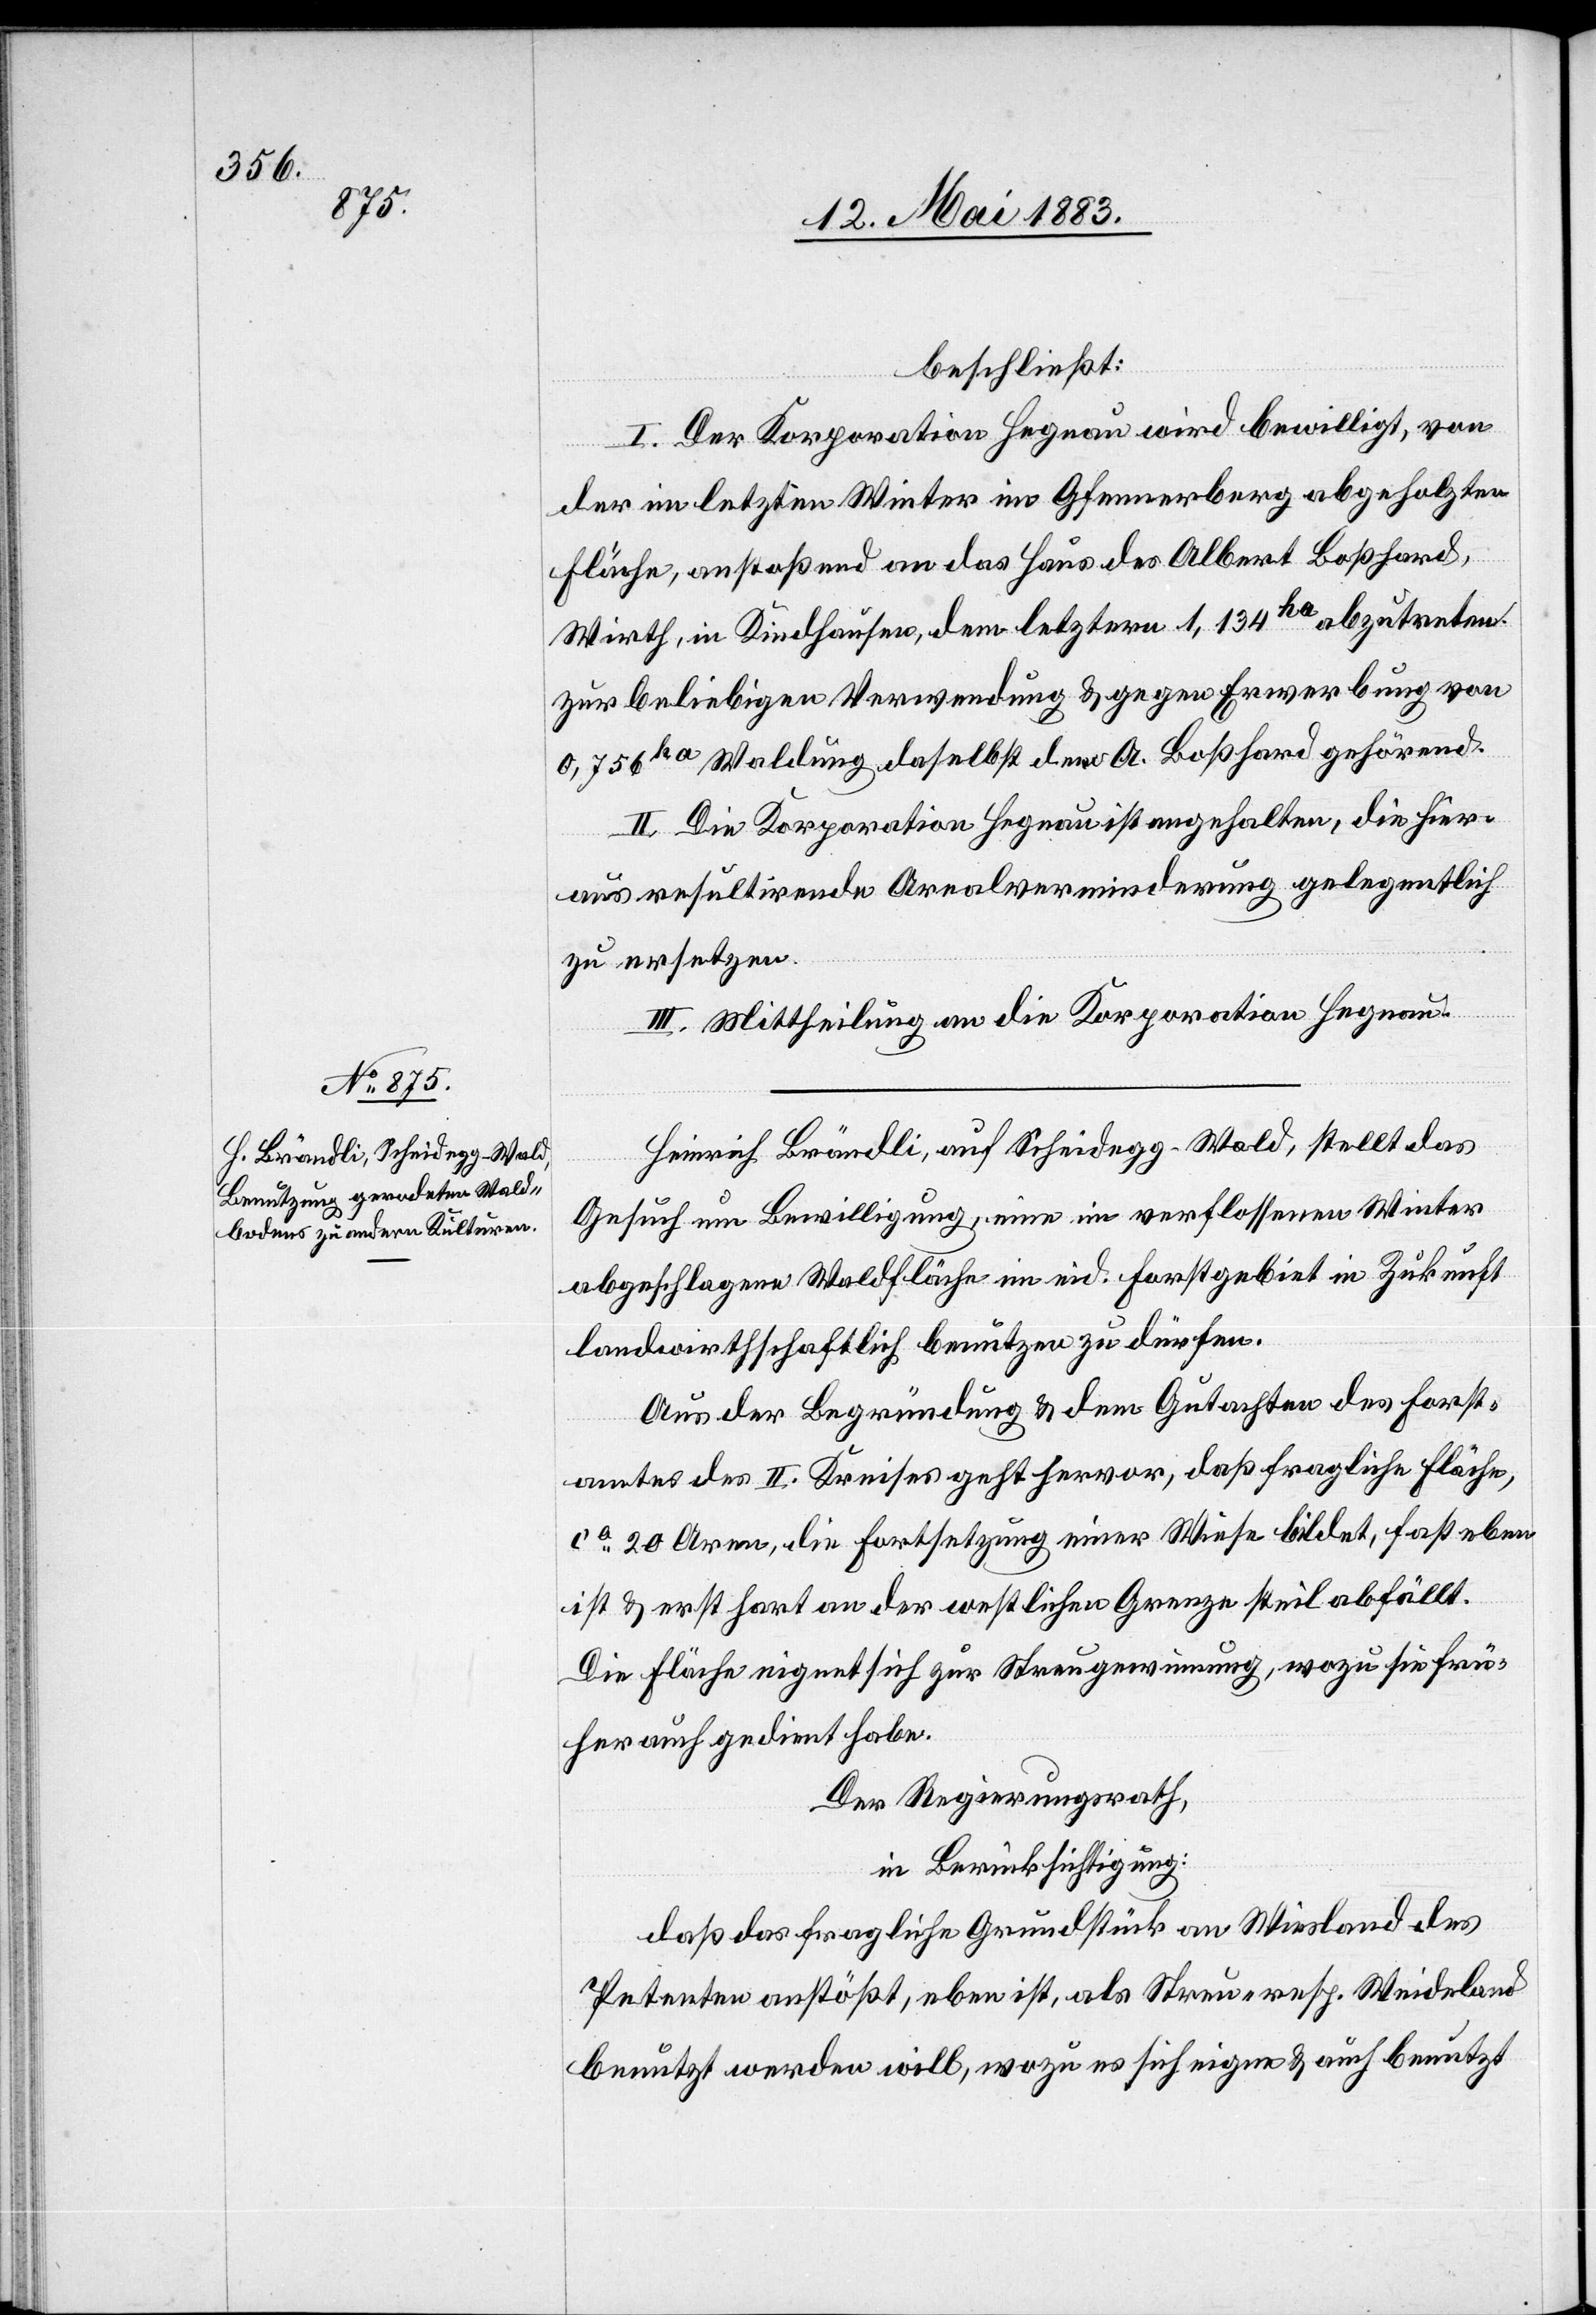
beschließt:
I. Der Korporation Hegnau wird bewilligt, von
der in letztem Winter im Gfeenerberg abgeholzten
Fläche, anstoßend an das Haus des Albert Boßhard,
Wirth, in Kindhausen, dem letztern 1,134ha abzutreten.
Zur beliebigen Verwendung & gegen Erwerbung von
0,756ha Waldung, daselbst, dem A. Boßhard gehörend.
II. Die Korporation Hegnau ist angehalten, die hier¬
aus resultirende Arealverminderung gelegentlich
zu ersetzen.
III. Mittheilung an die Korporation Hegnau.
Heinrich Brändli, auf Scheidegg - Wald, stellt das
Gesuch um Bewilligung, eine im verflossenen Winter
abgeschlagene Waldfläche im eid. Forstgebiet in Zukunft
landwirthschaftlich benutzen zu dürfen.
Aus der Begründung & dem Gutachten des Forst¬
amtes des II. Kreises geht hervor, daß fragliche Fläche,
ca 20 Aren, die Fortsetzung einer Wiese bildet, fast eben
ist & erst hart an der westlichen Grenze steil abfällt.
Die Fläche eignet sich zur Streugewinnung, wozu sie frü¬
her auch gedient habe.
Der Regierungsrath,
in Berücksichtigung:
daß das fragliche Grundstücke an Wiesland des
Petenten anstößt, eben ist, als Streu- resp. Weidland
benutzt werden will, wozu es sich eigne & auch benutzt